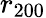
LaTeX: r_{200}